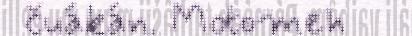
čuákán. Motomeh